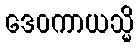
ဒေဝကာယသ္မိ